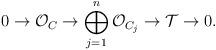
LaTeX: \begin{align*} 0 \rightarrow \mathcal{O}_C \rightarrow \bigoplus_{j=1}^n\mathcal{O}_{C_j} \rightarrow \mathcal{T} \rightarrow 0.\end{align*}